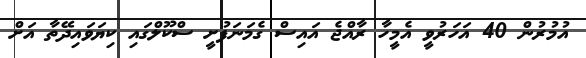
އުމުރުން 40 އަހަރުވީ އެމީހާ ރާއްޖެ އައިސް ގެމަނަފުށީ ސްކޫލްގައި ކިޔަވައިދޭތާ އަށް